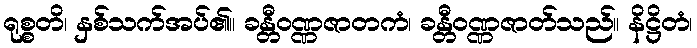
ရုစ္စတိ၊ နှစ်သက်အပ်၏။ ခန္တီဝဏ္ဏဇာတကံ၊ ခန္တီဝဏ္ဏဇာတ်သည်။ နိဋ္ဌိတံ၊